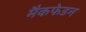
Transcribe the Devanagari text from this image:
मैकफेडन